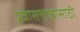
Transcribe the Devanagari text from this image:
प्रजासत्ताकासाठी